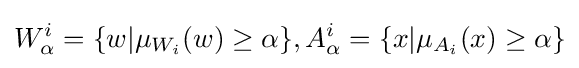
W_{\alpha }^{i}=\{w|\mu _{W_{i}}(w)\geq \alpha \},A_{\alpha }^{i}=\{x|\mu _{A_{i}}(x)\geq \alpha \}